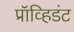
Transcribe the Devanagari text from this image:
प्रॉव्हिडंट